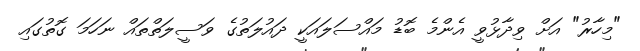
"މިހާރު" އަށް ވިދާޅުވީ އެންމެ ބޮޑު މައްސަލައަކީ ދައުލަތުގެ ވަސީލަތްތައް ނަހަމަ ގޮތުގައި